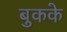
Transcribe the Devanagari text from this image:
बुकके